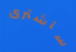
سأشترى